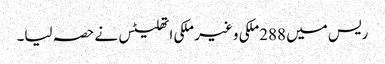
ریس میں 288ملکی و غیر ملکی اتھلیٹس نے حصہ لیا۔